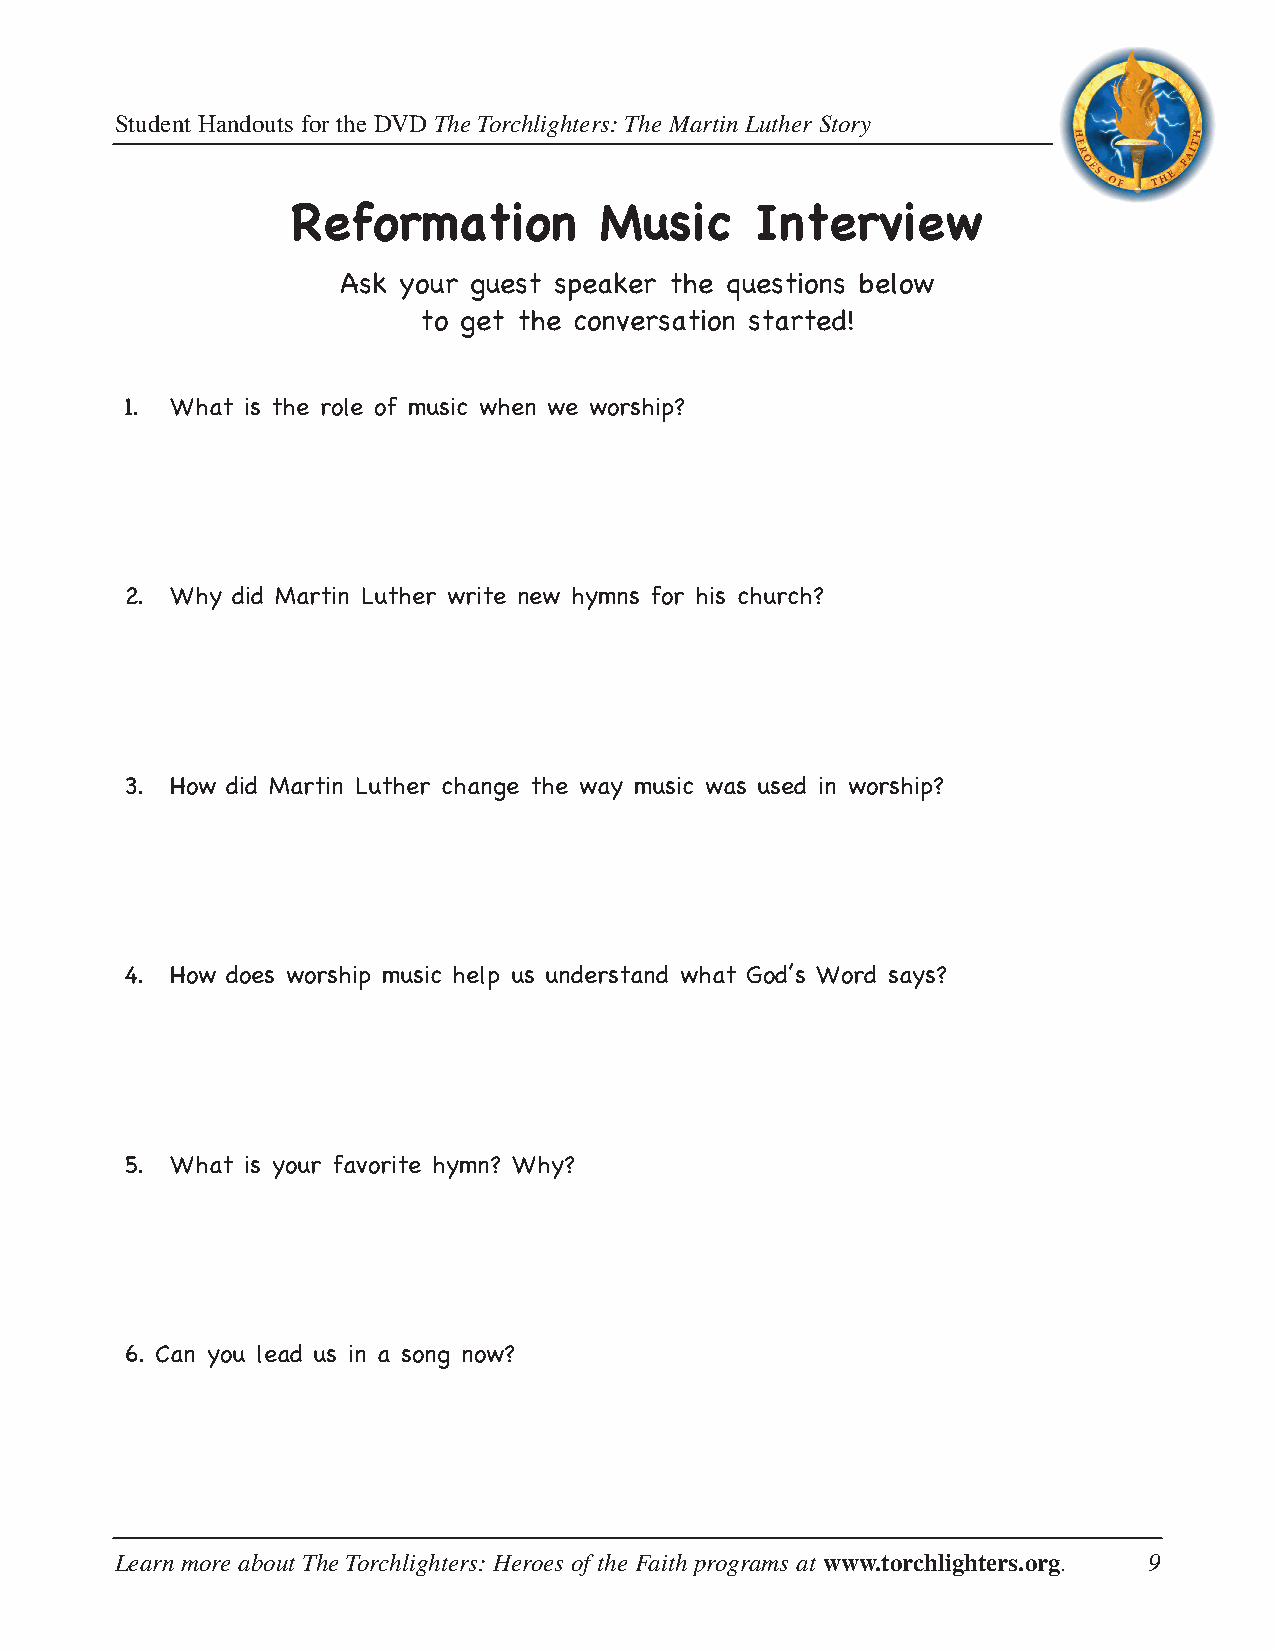
Student Handouts for the DVD The Torchlighters: The Martin Luther Story
 Reformation          Music     Interview
 Ask your guest speaker the questions below
 to get the conversation started!
 1. What is the role of music when we worship?
 2. Why did Martin Luther write new hymns for his church?
 3. How did Martin Luther change the way music was used in worship?
 4. How does worship music help us understand what God’s Word says?
 5. What is your favorite hymn? Why?
 6. Can you lead us in a song now?
 Learn more about The Torchlighters: Heroes of the Faith programs at www.torchlighters.org. 9